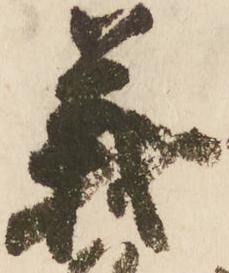
義